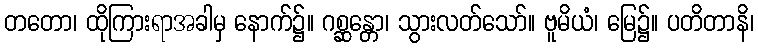
တတော၊ ထိုကြားရာအခါမှ နောက်၌။ ဂစ္ဆန္တော၊ သွားလတ်သော်။ ဗူမိယံ၊ မြေ၌။ ပတိတာနိ၊